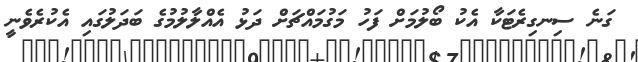
ގަނެ ސިނގިރެޓަކާ އެކު ބޯލުމަށް ފަހު މަގުމައްޗަށް ދަޅު އެއްލާލުމުގެ ބަދަލުގައި އެކުރެވެނީ